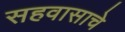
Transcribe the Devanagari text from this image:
सहवासाचे